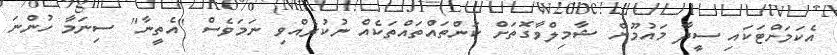
އެކަމަށްޓަކައި ސީދާ މައުމޫން ޝާމިލްވާގޮތަށް ކަންތައްތައްތަކެއް ނުކުރެއްވި ނަމަވެސް "އެތީނާ" ސިނަމާ ހުންނަ